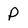
Character: P